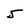
Character: 5